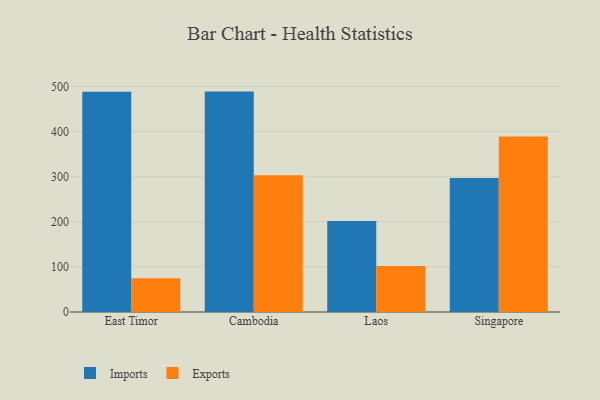
{"axis": {"x": "Country", "y": "Conversion Rate (%)"}, "legend": ["Exports", "Imports"], "data": [{"x": "East Timor", "y": 488.3, "type": "Imports"}, {"x": "East Timor", "y": 74.7, "type": "Exports"}, {"x": "Cambodia", "y": 488.4, "type": "Imports"}, {"x": "Cambodia", "y": 303.0, "type": "Exports"}, {"x": "Laos", "y": 201.8, "type": "Imports"}, {"x": "Laos", "y": 102.2, "type": "Exports"}, {"x": "Singapore", "y": 296.7, "type": "Imports"}, {"x": "Singapore", "y": 388.8, "type": "Exports"}]}